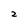
Character: 2